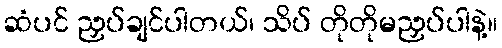
ဆံပင် ညှပ်ချင်ပါတယ်၊ သိပ် တိုတိုမညှပ်ပါနဲ့။